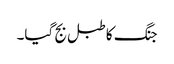
جنگ کا طبل بج گیا۔